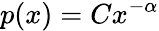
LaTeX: p(x)=Cx^{-\alpha}